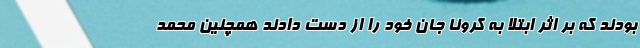
بودند که بر اثر ابتلا به کرونا جان خود را از دست دادند همچنین محمد